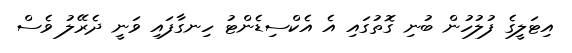
އިޓަލީގެ ފުލުހުން ބުނި ގޮތުގައި އެ އެކްސިޑެންޓު ހިނގާފައި ވަނީ ދެރޭލު ވެސް